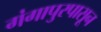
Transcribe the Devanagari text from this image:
गंगापुरपासून